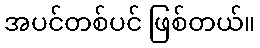
အပင်တစ်ပင် ဖြစ်တယ်။